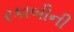
રકાબીની